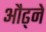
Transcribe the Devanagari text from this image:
औढ्ने